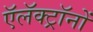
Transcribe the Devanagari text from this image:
ऍलॅक्ट्रॉनों